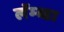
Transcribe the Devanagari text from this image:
लॅम्ब्डा